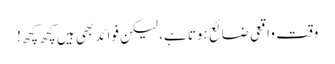
وقت واقعی ضائع ہوتا ہے، لیکن فوائد بھی ہیں کچھ کچھ!